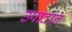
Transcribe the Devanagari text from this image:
उपादानं